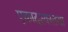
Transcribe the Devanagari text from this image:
एकादश्यस्तथा